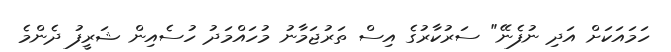
ހަމައަކަށް އަދި ނުފެނޭ" ސަރުކާރުގެ އިސް ތަރުޖަމާނު މުހައްމަދު ހުސެއިން ޝަރީފު ދެންމެ